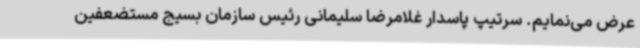
عرض می‌نمایم. سرتیپ پاسدار غلامرضا سلیمانی رئیس سازمان بسیج مستضعفین